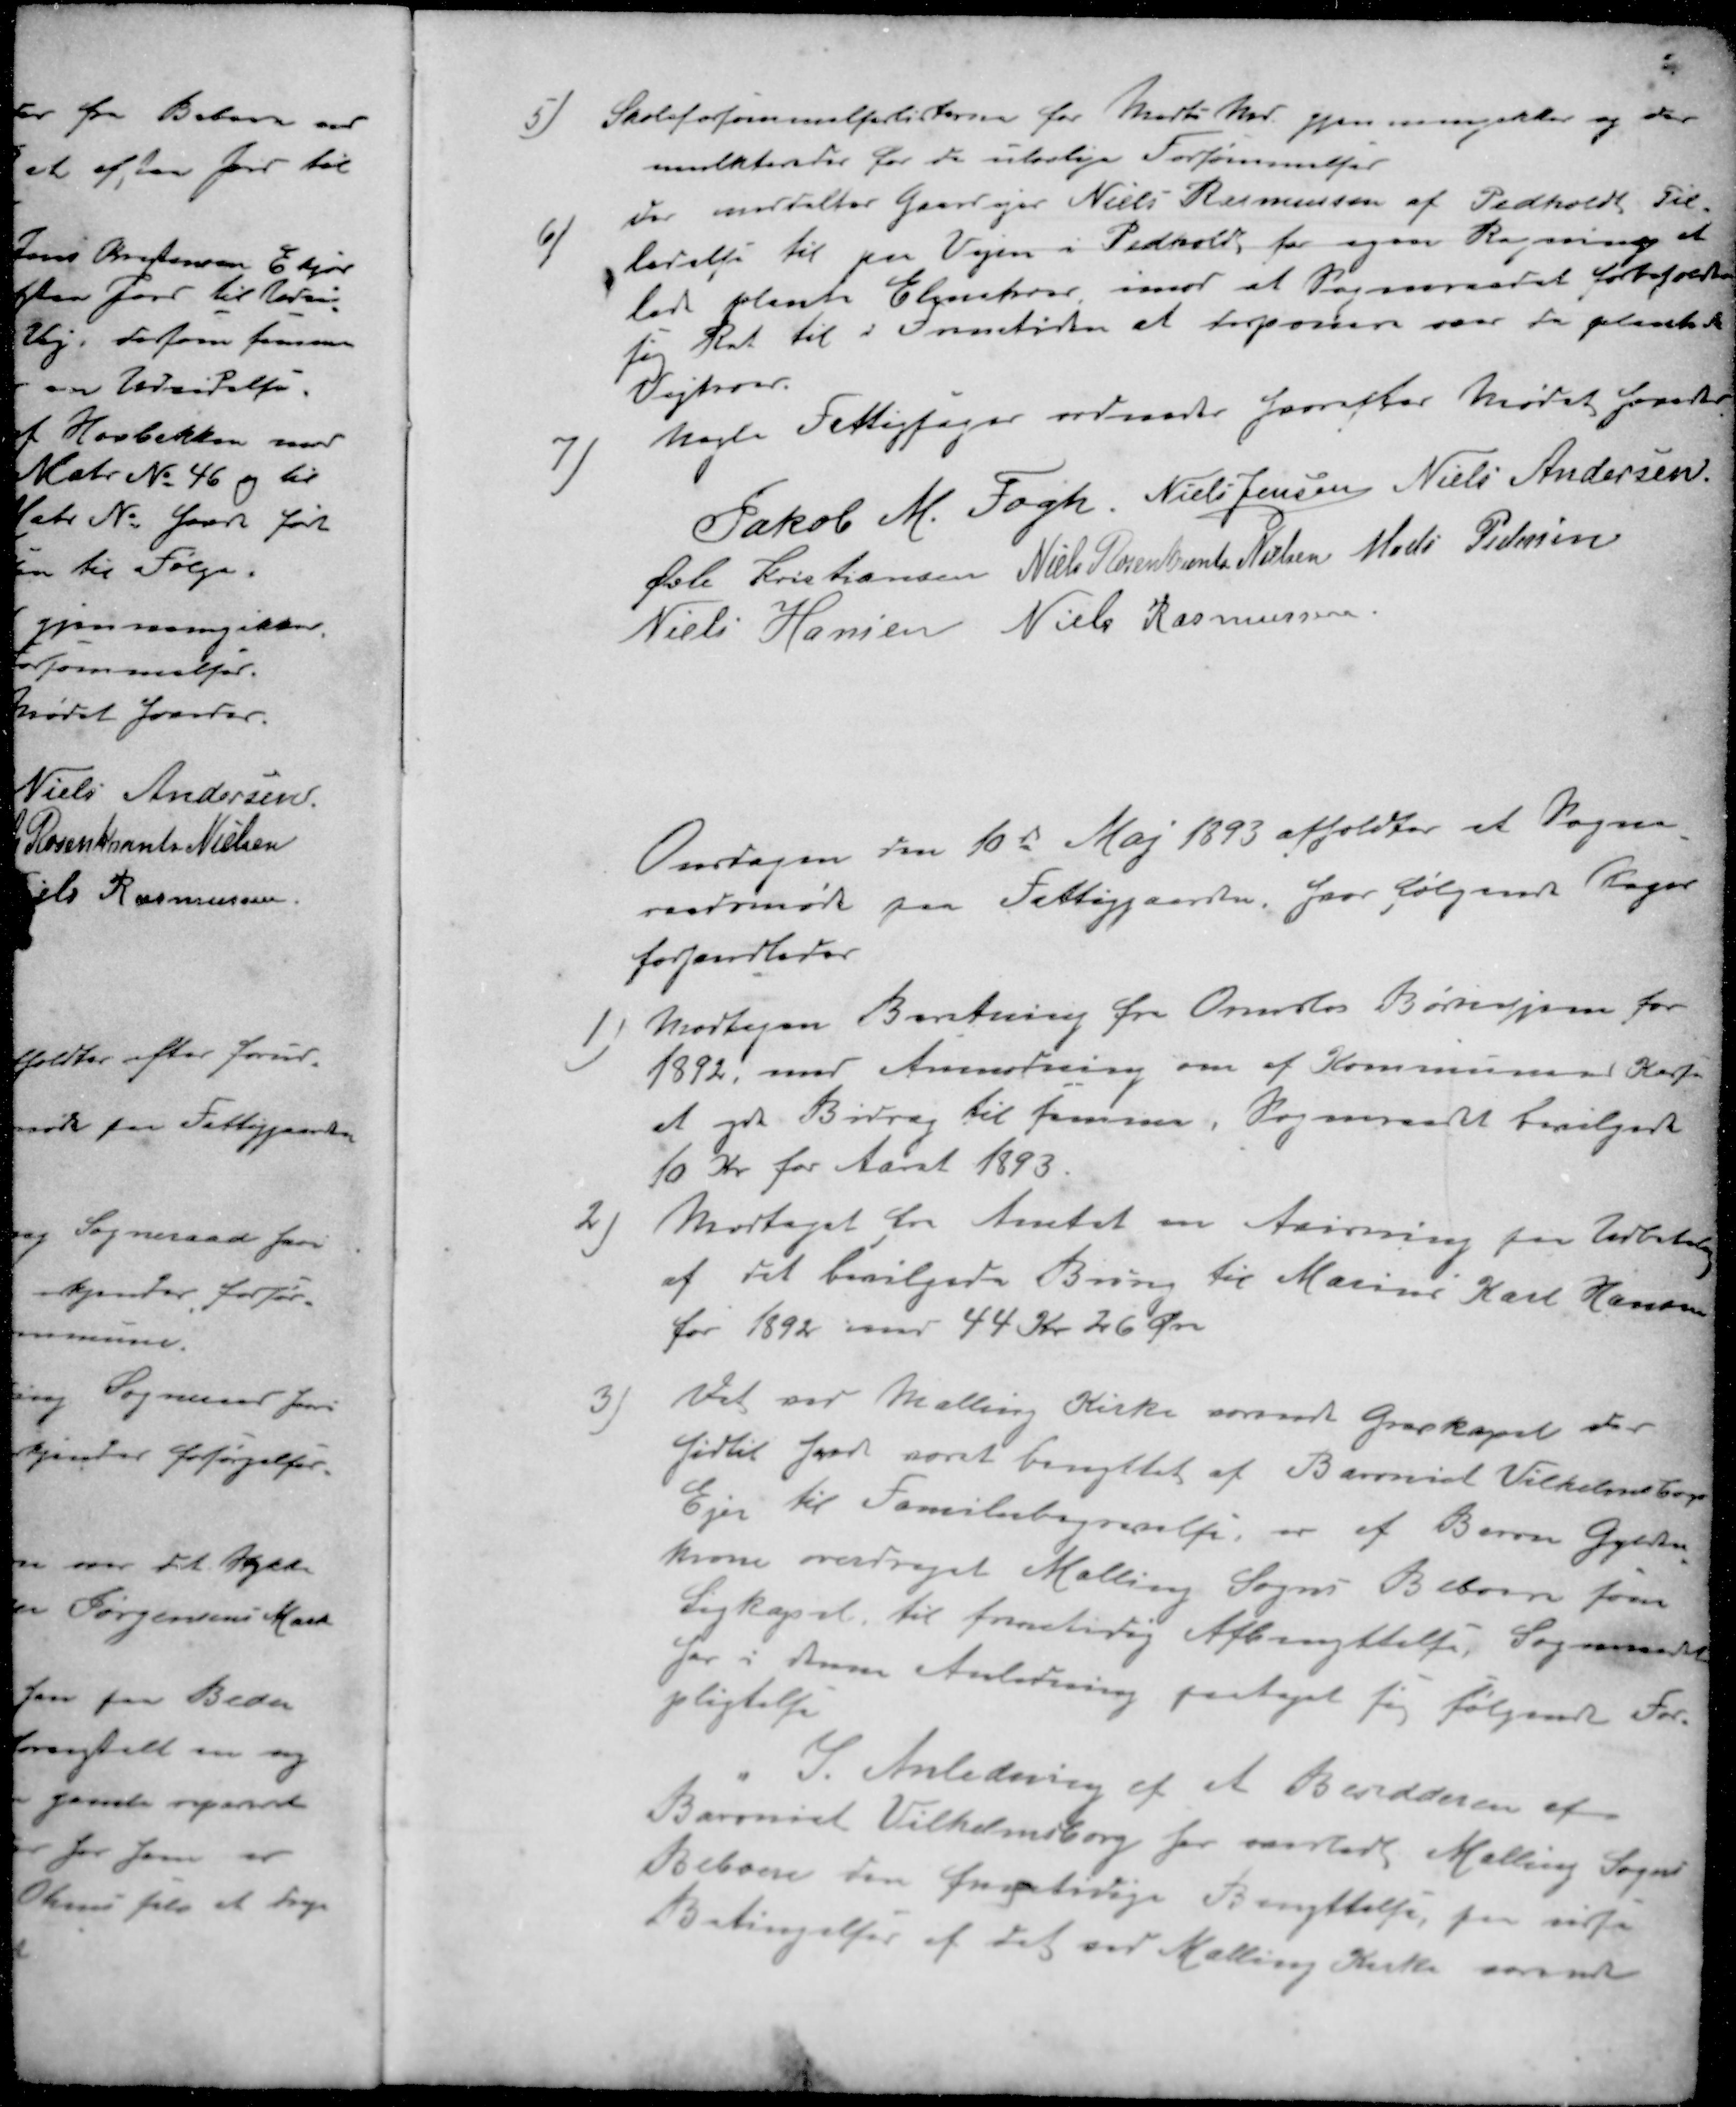
Transskription:
5) Skoleforsømmelserlisterne for Marts Md. gjennemgikkes og der
mulktereder for de ulovlige Forsømmelser
6 ) Der indtaltes Gaardejer Niels Rasmussen af Pedholt Til-
ladelse til paa Vejen i Pedholt, for egen Regning at
lade plante Elmekrat imod at Sogneraadet forbeholdte
sig Ret til i Fremtiden at terponere saar fra plantede
Vejtræer.
7 )Nogle Fattigsager ordnedes hvorefter Mødet hævedes
Jakob M. Fogh
Niels Jensen
Niels Andersen
Øvli Kristiansen
Niels Rosenkrants Nielsen
Mads Pedersen
Niels Hansen
Niels Rasmussen
Onsdagen den 10de Maj 1893 afholdtes et Sogne-
raadsmøde paa Fattiggaarden, hvor følgende Sager
forhandledes
1 ) Modtagen Beretning fra Ormslev Børnehjem for
1892, med Anmodning om af Kommunens 
 gir Bidrag til samme. Sogneraadet bevilgede
10 Kr for Aaret 1893
2 ) Modtaget fra Amtet en Anvisning for Udbetaling
af det bevilgede Bidrag til Marine Karl Hansen
for 1892 med 44 Kr 26 Øre
3) Det ved Malling Kirke  Gravkapel der
hidtil har været benyttet af Baroniet Vilhelmsborg
Ejer til Familiebegravelse, er af Baron Gylden-
krone overdraget Malling Sogns Beboere som
Ligkapel til fremtidig Afbenyttelse, Sogneraadet
har i denne Anledning paataget sig følgende For-
pligtelse
I Anledning af et Besidderen af
Baroniet Vilhelmsborg har overladt Malling Sogns
Beboere den fremtidige Benyttelse, paa visse
Betingelser af det ved Malling Kirke samt